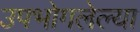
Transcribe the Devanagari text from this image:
उपभोगलेल्या